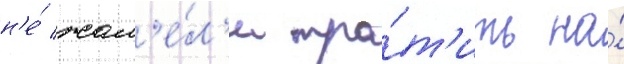
н'е́ жал'е́л'и тра́т'ить на́